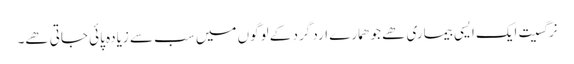
نرگسیت ایک ایسی بیماری ھے جو ھمارے ارد گرد کے لوگوں میں سب سے زیادہ پائی جاتی ھے۔